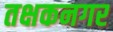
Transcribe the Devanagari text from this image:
तक्षकनगर